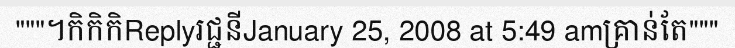
"""។កិកិកិReplyរជ្ជនីJanuary 25, 2008 at 5:49 amគ្រាន់តែ"""